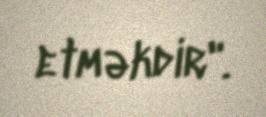
etməkdir".